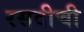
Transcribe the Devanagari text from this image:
रसदीची